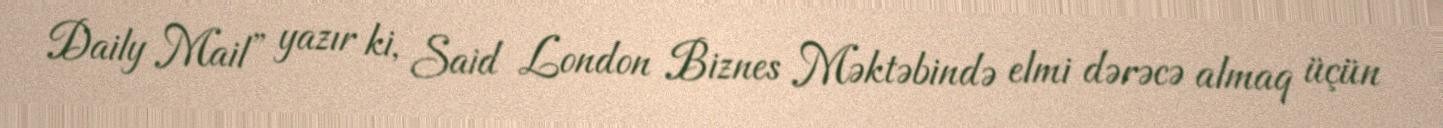
Daily Mail” yazır ki, Said London Biznes Məktəbində elmi dərəcə almaq üçün